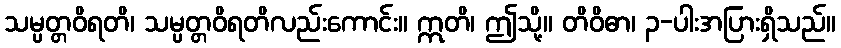
သမ္ပတ္တဝိရတိ၊ သမ္ပတ္တဝိရတိလည်းကောင်း။ ဣတိ၊ ဤသို့။ တိဝိဓာ၊ ၃-ပါးအပြားရှိသည်။